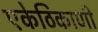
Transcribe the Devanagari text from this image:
एकेठिकाणी